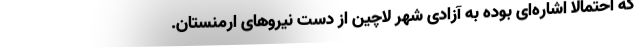
که احتمالا اشاره‌ای بوده به آزادی شهر لاچین از دست نیروهای ارمنستان.